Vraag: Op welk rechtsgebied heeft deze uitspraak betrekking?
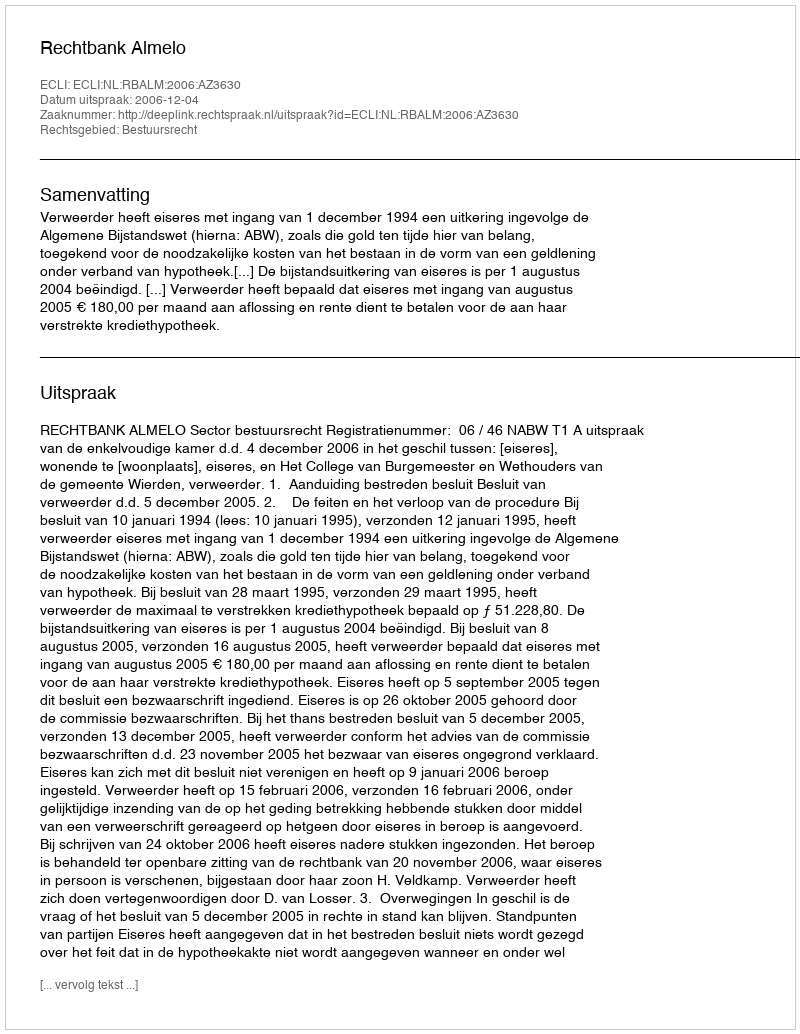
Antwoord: Bestuursrecht